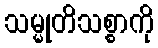
သမ္မုတိသစ္စာကို